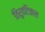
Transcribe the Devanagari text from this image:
तिरुवटिकल